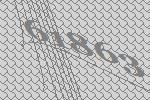
61863